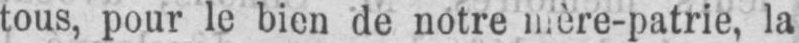
la